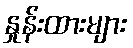
နှုန်းထားများ